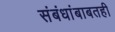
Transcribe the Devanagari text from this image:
संबंधांबाबतही